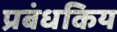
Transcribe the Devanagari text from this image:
प्रबंधकिय